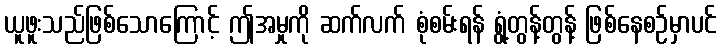
ယူဖူးသည်ဖြစ်သောကြောင့် ဤအမှုကို ဆက်လက် စုံစမ်းရန် ရွံ့တွန့်တွန့် ဖြစ်နေစဉ်မှာပင်